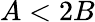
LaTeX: A<2B